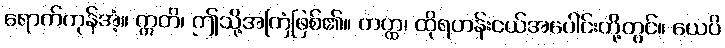
ရောက်ကုန်အံ့။ ဣတိ၊ ဤသို့အကြံဖြစ်၏။ တတ္ထ၊ ထိုရဟန်းငယ်အပေါင်းတို့တွင်။ ယေပိ